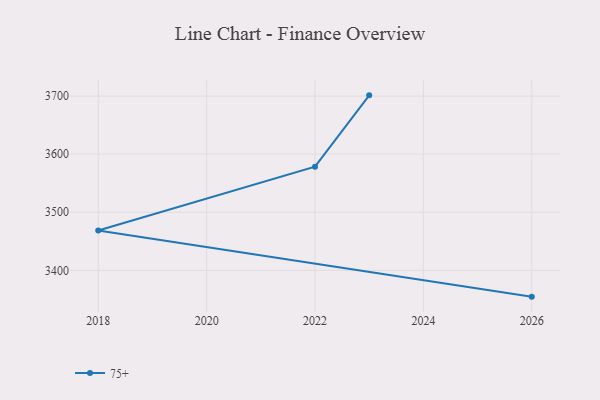
{"axis": {"x": "Year", "y": "Bounce Rate (%)"}, "legend": ["75+"], "data": [{"x": "2026", "y": 3354.7, "type": "75+"}, {"x": "2018", "y": 3468.5, "type": "75+"}, {"x": "2022", "y": 3578.5, "type": "75+"}, {"x": "2023", "y": 3701.2, "type": "75+"}]}